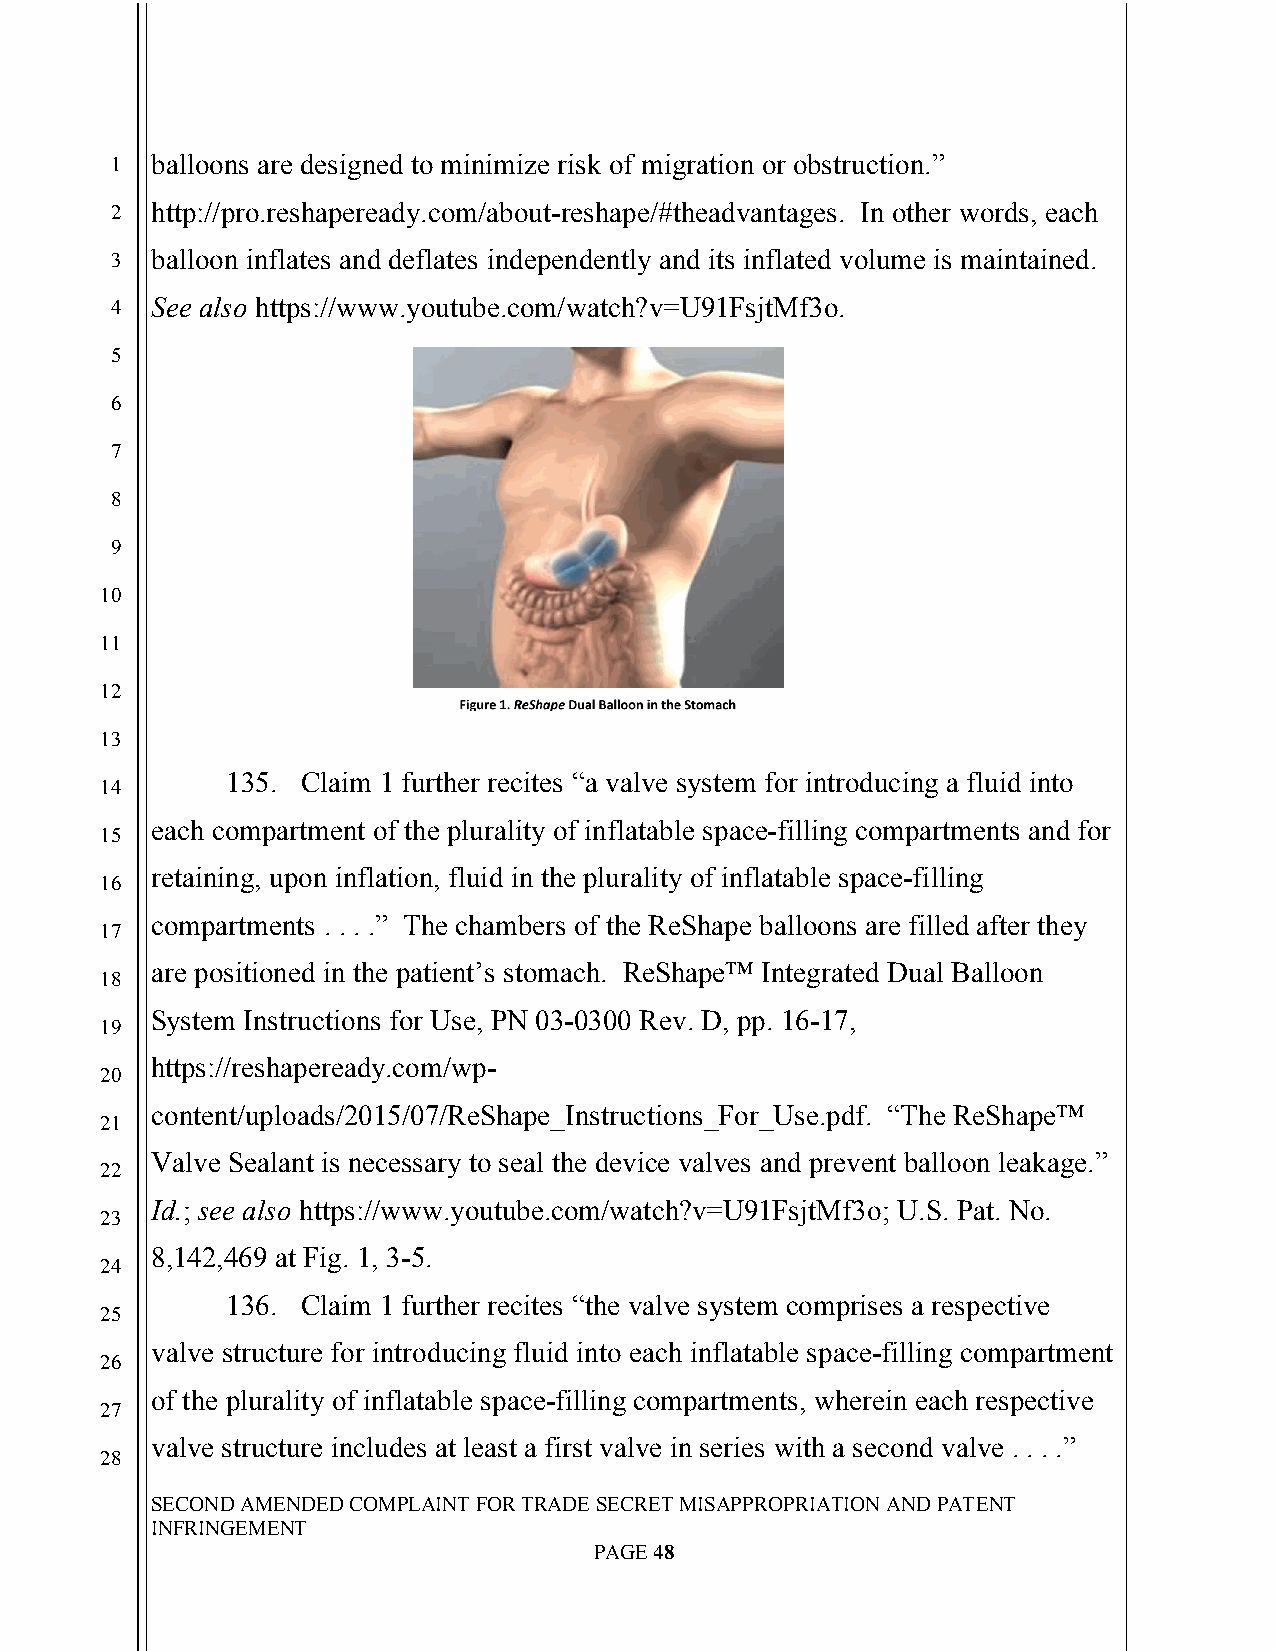
`
 1  balloons are designed to minimize risk of migration or obstruction.”
 2  http://pro.reshapeready.com/about-reshape/#theadvantages. In other words, each
 3  balloon inflates and deflates independently and its inflated volume is maintained.
 4  See also https://www.youtube.com/watch?v=U91FsjtMf3o.
 5
 6
 7
 8
 9
 10
 11
 12
 13
 135. Claim 1 further recites “a valve system for introducing a fluid into
 14
 each compartment of the plurality of inflatable space-filling compartments and for
 15
 retaining, upon inflation, fluid in the plurality of inflatable space-filling
 16
 compartments . . . .” The chambers of the ReShape balloons are filled after they
 17
 are positioned in the patient’s stomach. ReShape™ Integrated Dual Balloon
 18
 System Instructions for Use, PN 03-0300 Rev. D, pp. 16-17,
 19
 https://reshapeready.com/wp-
 20
 content/uploads/2015/07/ReShape_Instructions_For_Use.pdf. “The ReShape™
 21
 Valve Sealant is necessary to seal the device valves and prevent balloon leakage.”
 22
 Id.; see also https://www.youtube.com/watch?v=U91FsjtMf3o; U.S. Pat. No.
 23
 8,142,469 at Fig. 1, 3-5.
 24
 136. Claim 1 further recites “the valve system comprises a respective
 25
 valve structure for introducing fluid into each inflatable space-filling compartment
 26
 of the plurality of inflatable space-filling compartments, wherein each respective
 27
 valve structure includes at least a first valve in series with a second valve . . . .”
 28
 SECOND AMENDED COMPLAINT FOR TRADE SECRET MISAPPROPRIATION AND PATENT
 INFRINGEMENT
 PAGE 48